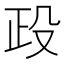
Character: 𣪅